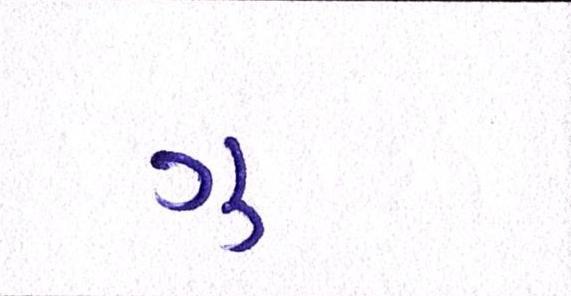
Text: ગુ